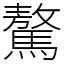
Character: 驁